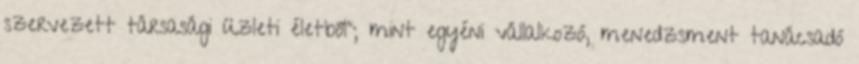
szervezett társasági üzleti életből”; mint egyéni vállalkozó, menedzsment tanácsadó